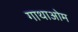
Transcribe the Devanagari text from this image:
गाथाओम